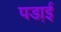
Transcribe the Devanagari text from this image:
पडा़ई